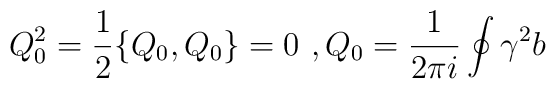
Q_0^2=\frac{1}{2}\{Q_0,Q_0\}=0  \ , Q_0=\frac{1}{2\pi i}\oint \gamma^2 b \